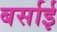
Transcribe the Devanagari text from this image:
बर्साई